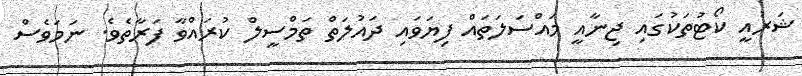
ޝަރުއީ ކޯޓުތަކުގައި ޖިނާއީ މައްސަލަތައް ފިޔަވައި ދައުލަތް ތަމްސީލް ކުރައްވާ ފަރާތެވެ. ނަމަވެސް